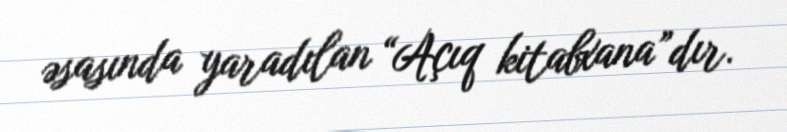
əsasında yaradılan “Açıq kitabxana”dır.